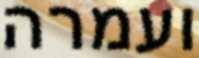
ועמרה